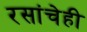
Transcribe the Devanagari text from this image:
रसांचेही